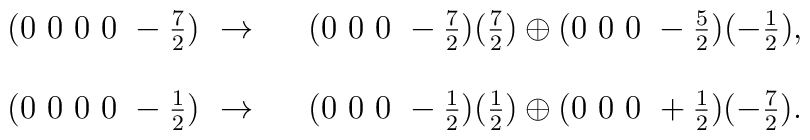
\begin{array}{ccc}(0~0~0~0~-\frac{7}{2})~ \rightarrow   &                       & (0~0~0~-\frac{7}{2})(\frac{7}{2}) \oplus(0~0~0~-\frac{5}{2})(-\frac{1}{2}), \\\\(0~0~0~0~-\frac{1}{2})~ \rightarrow   &                      & (0~0~0~-\frac{1}{2})(\frac{1}{2}) \oplus(0~0~0~+\frac{1}{2})(-\frac{7}{2}). \\\end{array}